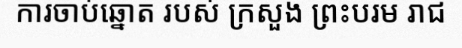
ការចាប់ឆ្នោត របស់ ក្រសួង ព្រះបរម រាជ